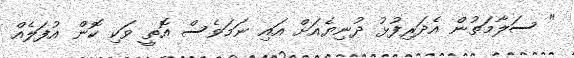
" ސަލާމަތުން އެދަރިފުޅު ދުނިޔެއަށް އައި ނަމަވެސް އޮތީ ވަކި ކޮން އުފަލެއް